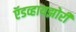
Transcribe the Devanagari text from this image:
ऍडव्हायझोरी